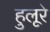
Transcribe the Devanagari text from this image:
हुलूरे